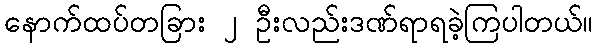
နောက်ထပ်တခြား ၂ ဦးလည်းဒဏ်ရာရခဲ့ကြပါတယ်။